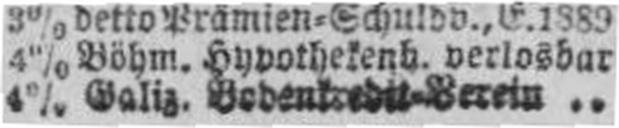
4% Galiz. Bodenkredit=Berein